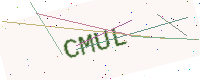
Text: CMUL